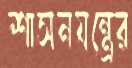
শাসনযন্ত্রের